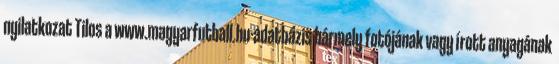
nyilatkozat Tilos a www.magyarfutball.hu-adatbázis bármely fotójának vagy írott anyagának